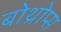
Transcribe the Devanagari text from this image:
बोथ्रोप्स